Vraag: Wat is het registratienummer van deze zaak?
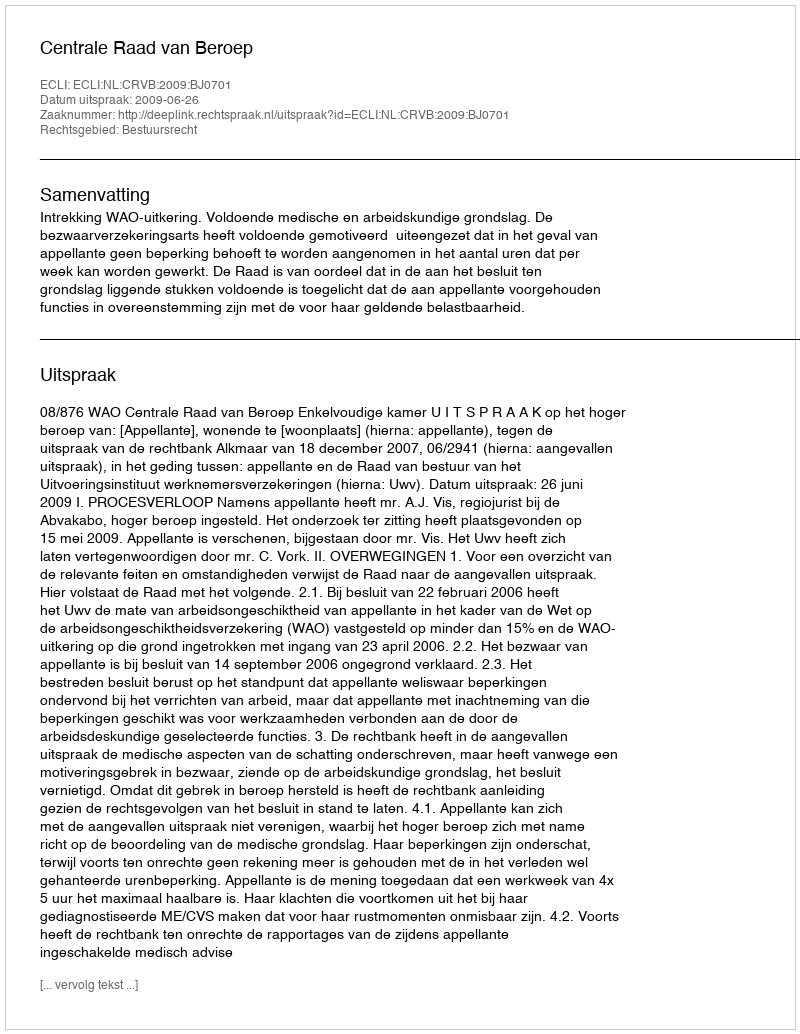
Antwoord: http://deeplink.rechtspraak.nl/uitspraak?id=ECLI:NL:CRVB:2009:BJ0701